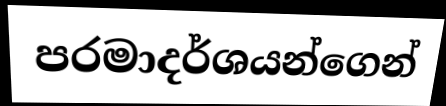
පරමාදර්ශයන්ගෙන්